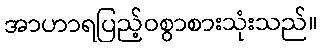
အာဟာရပြည့်ဝစွာစားသုံးသည်။